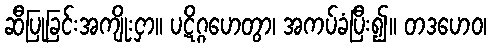
ဆီပြုခြင်းအကျိုးငှာ။ ပဋိဂ္ဂဟေတွာ၊ အကပ်ခံပြီး၍။ တဒဟေဝ၊